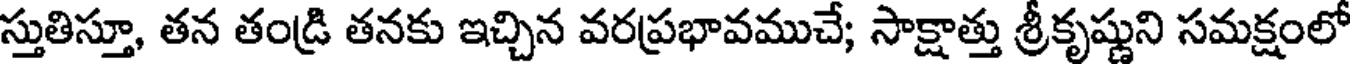
స్తుతిస్తూ, తన తండ్రి తనకు ఇచ్చిన వరప్రభావముచే; సాక్షాత్తు శ్రీకృష్ణుని సమక్షంలో